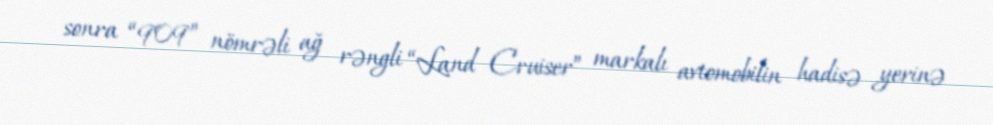
sonra “909” nömrəli ağ rəngli “Land Cruiser” markalı avtomobilin hadisə yerinə